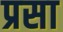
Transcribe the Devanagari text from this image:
प्रसा